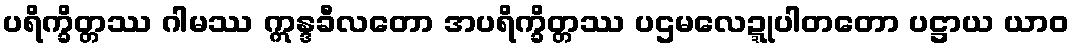
ပရိက္ခိတ္တဿ ဂါမဿ ဣန္ဒခီလတော အပရိက္ခိတ္တဿ ပဌမလေဍ္ဍုပါတတော ပဋ္ဌာယ ယာဝ